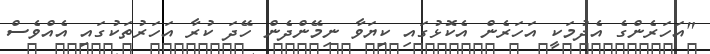
"އަހަރެންގެ އެދުމަކީ އަހަރެން އެކޮޅުގައި ކިޔަވާ ނިމޭންދެން ހޭދަ ކުރާ އަހަރުތަކުގައި އެއްވެސް